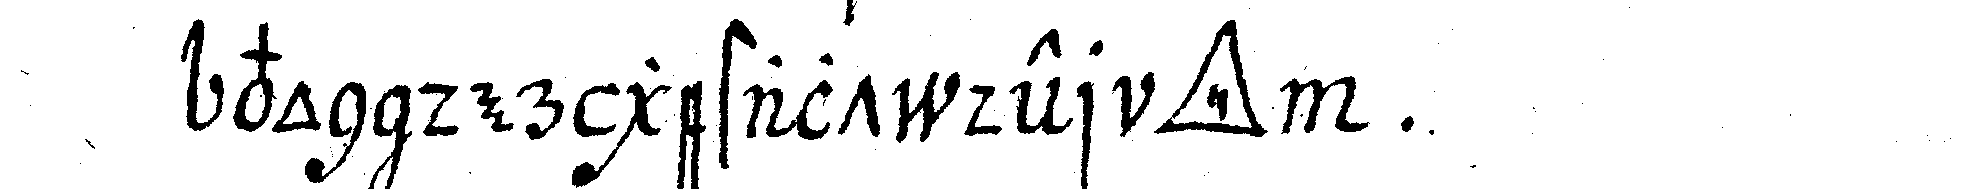
von der gestalt der *tri..*  .